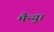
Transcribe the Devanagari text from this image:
मैन्यु।